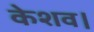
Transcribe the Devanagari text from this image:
केशव।